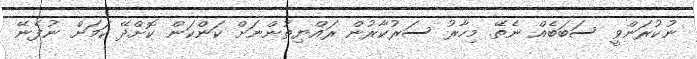
ނުކުރަންވީ ސަބަބެއް ނެތޭ. މިހާރު ސަރުކާރުން ރައްޔިތުންނަށް ކަންކަން ކޮށްދޭ ކަމަށް ނުފެނޭ